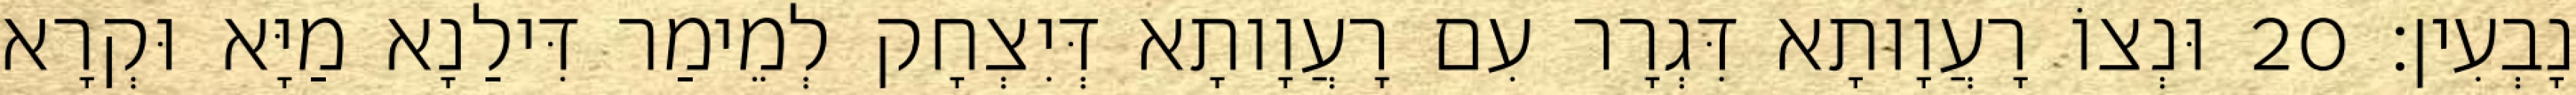
נָבְעִין׃ 20 וּנְצוֹ רָעֲוָותָא דִּגְרָר עִם רָעֲוָותָא דְּיִצְחָק לְמֵימַר דִּילַנָא מַיָּא וּקְרָא